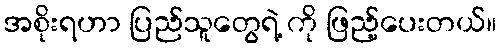
အစိုးရဟာ ပြည်သူတွေရဲ့ ကို ဖြည့်ပေးတယ်။